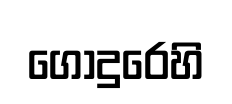
ගොදුරෙහි